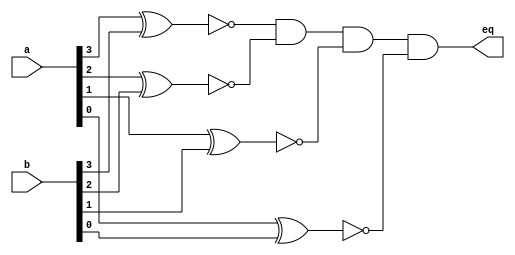
`timescale 1ns / 1ps
//////////////////////////////////////////////////////////////////////////////////
// Company: 
// Engineer: 
// 
// Design Name: 
// Module Name:    eq_comparator 
// Project Name: 
// Target Devices: 
// Tool versions: 
// Description: 
//
// Dependencies: 
//
// Revision: 
// Revision 0.01 - File Created
// Additional Comments: 
//
//////////////////////////////////////////////////////////////////////////////////
module eq_comparator(
    input [3:0] a,b,
    output eq
    );
assign eq=(~(a[3]^b[3])) & (~(a[2]^b[2])) & (~(a[1]^b[1])) & (~(a[0]^b[0]));

endmodule